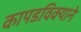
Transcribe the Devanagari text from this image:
कापडविक्याने